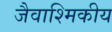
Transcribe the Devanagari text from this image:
जैवाश्मिकीय